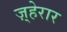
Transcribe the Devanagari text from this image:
ज़्हेरार